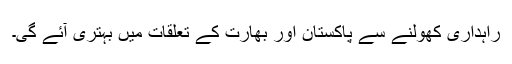
راہداری کھولنے سے پاکستان اور بھارت کے تعلقات میں بہتری آئے گی۔